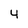
Character: 4